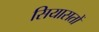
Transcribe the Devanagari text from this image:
सियासतों